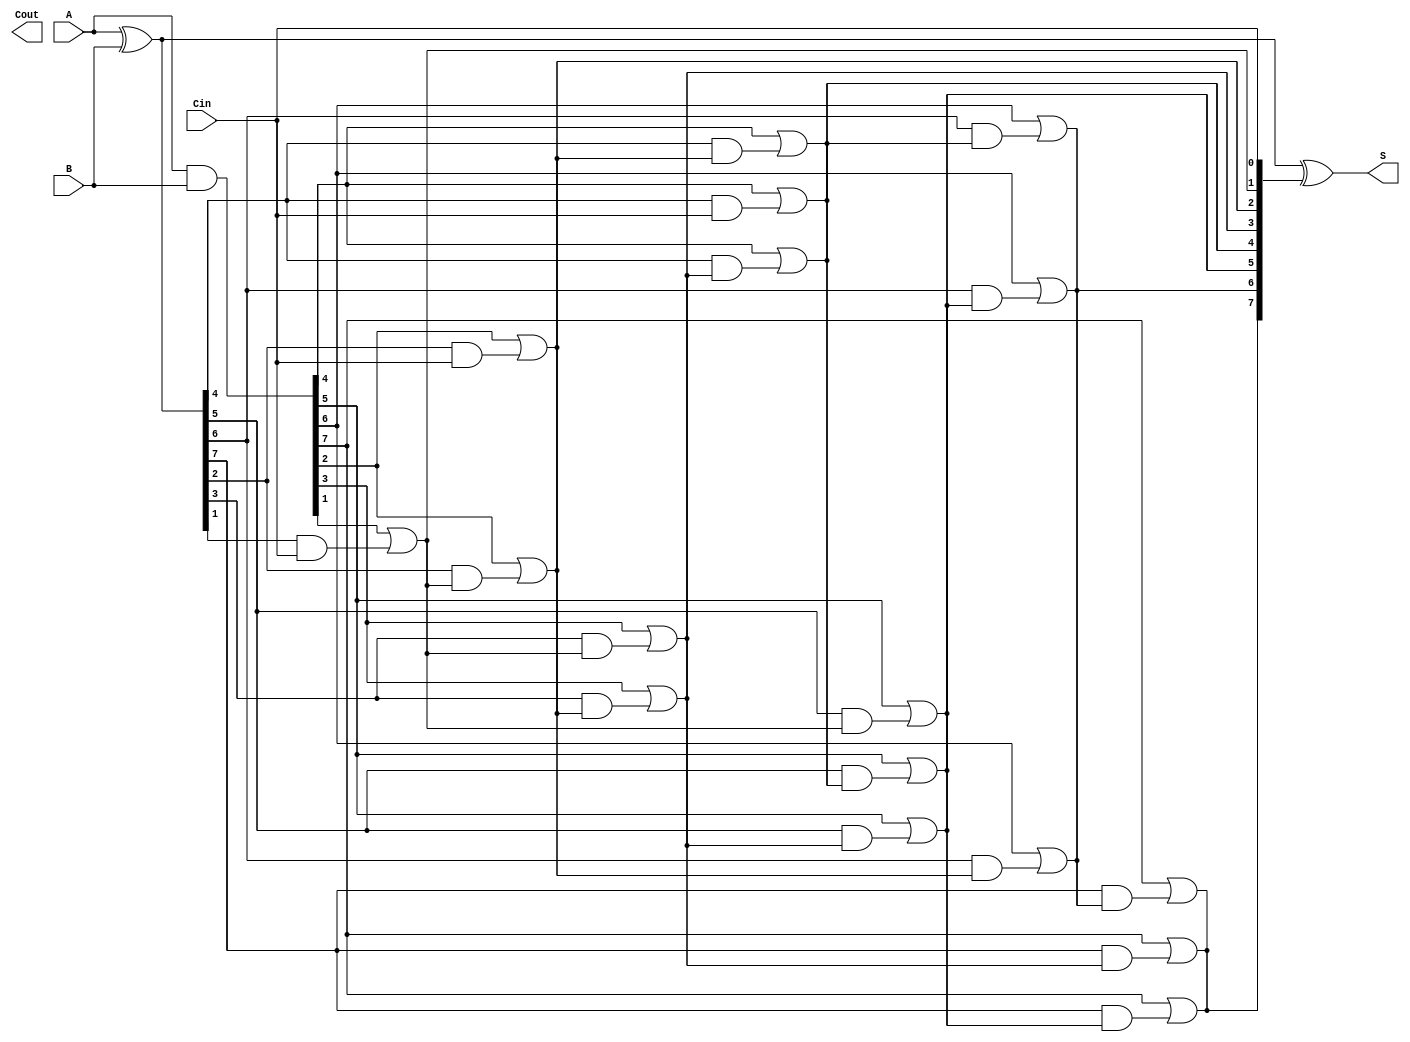
module KoggeStoneAdder #(parameter n = 8) (
    input [n-1:0] A,
    input [n-1:0] B,
    input Cin,
    output [n-1:0] S,
    output Cout
);

    // Generate (G) and Propagate (P) signals
    wire [n-1:0] G;
    wire [n-1:0] P;
    wire [n:0] C; // Carry values, C[n] is Cout, C[0] is Cin

    // Generate and Propagate calculations
    assign G = A & B;       // Generate
    assign P = A ^ B;       // Propagate
    assign C[0] = Cin;      // Initial carry-in

    // Kogge-Stone Carry Generation
    genvar i, j, stage;
    generate
        for (stage = 0; stage < $clog2(n); stage = stage + 1) begin : carry_generation
            for (i = 0; i < n; i = i + 1) begin : carry_stage
                if (i >= (1 << stage)) begin
                    assign C[i] = G[i] | (P[i] & C[i - (1 << stage)]);
                end
            end
        end
    endgenerate

    // Sum calculation
    assign S = P ^ C[n-1:0]; // Sum output
    assign Cout = C[n];      // Final carry-out

endmodule